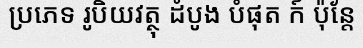
ប្រភេទ រូបិយវត្ថុ ដំបូង បំផុត ក៍ ប៉ុន្តែ